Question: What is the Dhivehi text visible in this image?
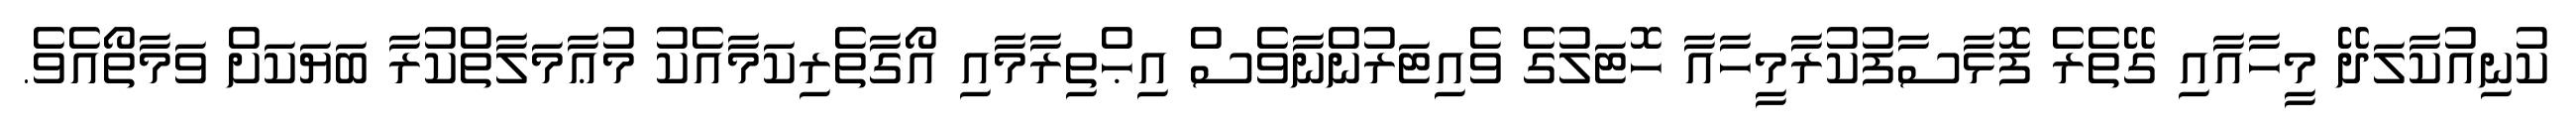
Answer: ކުނިއުކާލަދޭ މީހާއާއި ގޭތެރެ ފޮޅާސާފުކުރާމީހާއާ ހޮޓަލުގެ ވެއިޓަރުންނާވެސް އިޙްތިރާމާއި އޯގާތެރިކަމާއެކު މުޢާމަލާތްކުރާ ބަޔަކަށް ވަމާތޯއެވެ.